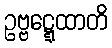
ဥဗ္ဗဋ္ဋေထာတိ